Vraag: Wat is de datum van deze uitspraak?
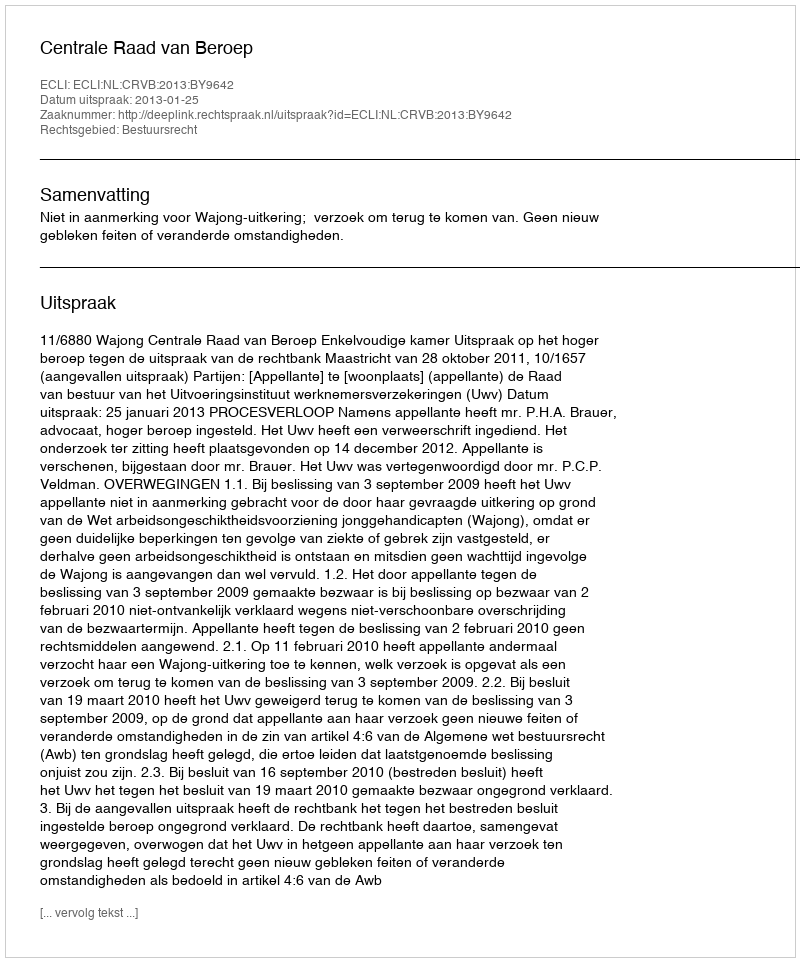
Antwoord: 2013-01-25